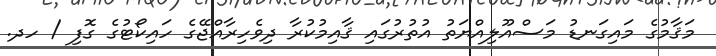
މަޤާމުގެ މައިގަނޑު މަސްއޫލިއްޔަތު އުތުރުގައި ޤާއިމުކުރާ ދިވެހިރާއްޖޭގެ ހައިކޯޓުގެ ގޮފި / ހދ.